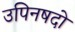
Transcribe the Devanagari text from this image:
उपिनषदो